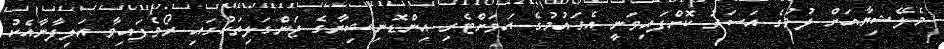
މެލޭޝިޔާއަށް ދުމުގެ އަސަރު ކޮށްފައިވަނީ އެގައުމުގެ އަވަށްޓެރި އިންޑޮނިޝިޔާގެ ޖަންގަލިތަކުގައި ރޯވެފައިވާ އަލިފާނާއެކު